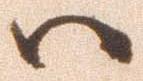
ハ